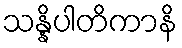
သန္နိပါတိကာနိ